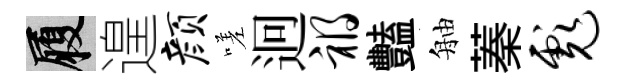
履遑颜嗟迥祸豔舳蓁彪